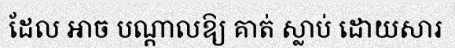
ដែល អាច បណ្តាលឱ្យ គាត់ ស្លាប់ ដោយសារ